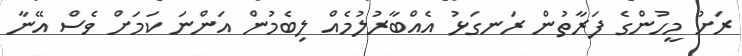
ރަށު މީހުންގެ ފަރާތުން ރަނގަޅު އެއްބާރުލުމެއް ލިބެމުން އަންނަ ކަމަށް ވެސް އޭނާ